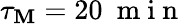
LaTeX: \tau_{\mathbf{M}}=20~\mathrm{{~m~i~n~}}